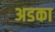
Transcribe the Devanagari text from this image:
अडका